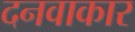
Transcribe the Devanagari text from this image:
दनवाकार